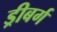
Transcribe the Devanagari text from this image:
ड्रीबर्ग